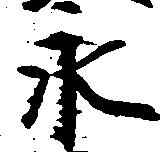
永